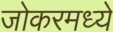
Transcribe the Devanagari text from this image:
जोकरमध्ये